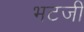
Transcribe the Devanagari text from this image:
भटजी